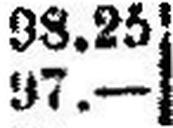
97.—